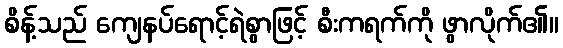
စိန့်သည် ကျေနပ်ရောင့်ရဲစွာဖြင့် စီးကရက်ကို ဖွာလိုက်၏။